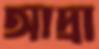
আদ্রা